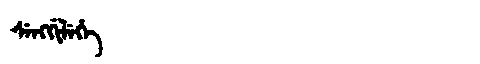
Manchu: ᠰᡝᠩᡤᡳᠯᡝᡥᡝ
Romanization: SENGGILEHE